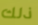
ذلك